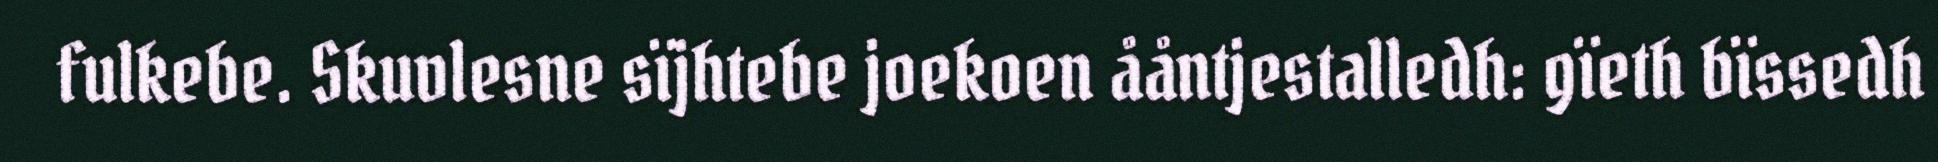
fulkebe. Skuvlesne sïjhtebe joekoen ååntjestalledh: gïeth bïssedh